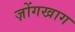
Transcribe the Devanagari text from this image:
ज़ोंगखाग